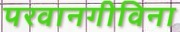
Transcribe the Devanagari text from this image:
परवानगीविना